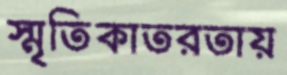
স্মৃতিকাতরতায়